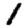
Digit: 1